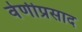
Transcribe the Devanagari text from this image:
वेणीप्रसाद